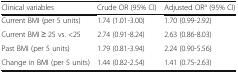
<table><thead><tr><td><b>Clinical variables</b></td><td><b>Crude OR (95% CI)</b></td><td><b>Adjusted OR<sup>a</sup> (95% CI)</b></td></tr></thead><tbody><tr><td>Current BMI (per 5 units)</td><td>1.74 (1.01-3.00)</td><td>1.70 (0.99-2.92)</td></tr><tr><td>Current BMI ≥ 25 vs. &lt;25</td><td>2.74 (0.91-8.24)</td><td>2.63 (0.86-8.03)</td></tr><tr><td>Past BMI (per 5 units)</td><td>1.79 (0.81-3.94)</td><td>2.24 (0.90-5.56)</td></tr><tr><td>Change in BMI (per 5 units)</td><td>1.44 (0.82-2.54)</td><td>1.41 (0.75-2.63)</td></tr></tbody></table>